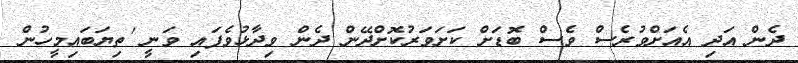
ދެން އަދި އެއަށްވުރެސް ވެސް ބޮޑަށް ކަށަވަރުކޮށްދޭން ދެން ވިދާޅުވެފައި ވަނީ 'ތިޔަބައިމީހުން